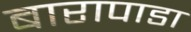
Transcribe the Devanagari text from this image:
बारापाडा